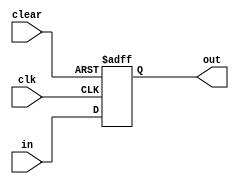
module DFF #(parameter WIDTH = 8) (
    input wire clk,
    input wire clear,
    input wire [WIDTH-1:0] in,
    output reg [WIDTH-1:0] out
);
    always @(posedge clk or posedge clear) begin
        if (clear)
            out <= 0;
        else
            out <= in;
    end
endmodule